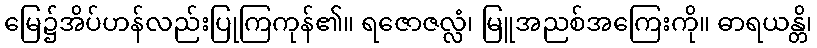
မြေ၌အိပ်ဟန်လည်းပြုကြကုန်၏။ ရဇောဇလ္လံ၊ မြူအညစ်အကြေးကို။ ဓာရယန္တိ၊